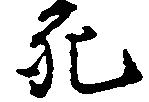
死